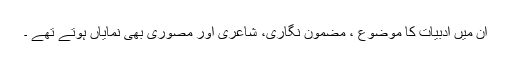
ان میں ادبیات کا موضوع ، مضمون نگاری، شاعری اور مصوری بھی نمایاں ہوتے تھے ۔